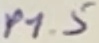
Text: P1.5